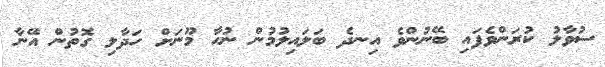
ސުވާލު ކުރަންވެފައި ބޭނުންވެ އިނދެ ބަލައިލުމުން ނުހާ މޫނަށް ހަދާލި ގޮތުން އޭނާ